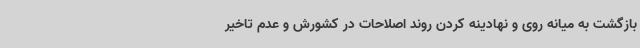
بازگشت به میانه روی و نهادینه کردن روند اصلاحات در کشورش و عدم تاخیر